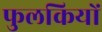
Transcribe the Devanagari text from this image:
फुलकियों